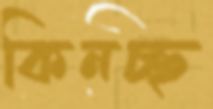
কিনচ্ছ